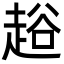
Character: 䞱